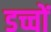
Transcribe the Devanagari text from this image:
डच्चों